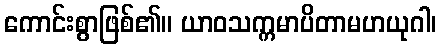
ကောင်းစွာဖြစ်၏။ ယာဝသက္ကမာပိတာမဟယုဂါ၊